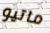
ماتيو